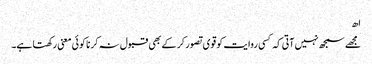
اھ
مجھے سمجھ نہیں آتی کہ کسی روایت کو قوی تصور کر کے بھی قبول نہ کرنا کوئی معنی رکھتا ہے۔